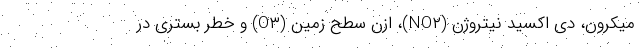
میکرون، دی اکسید نیتروژن (NO۲)، اُزن سطح زمین (O۳) و خطر بستری در